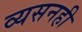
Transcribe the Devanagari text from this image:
व्यसनही